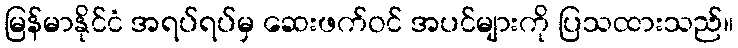
မြန်မာနိုင်ငံ အရပ်ရပ်မှ ဆေးဖက်ဝင် အပင်များကို ပြသထားသည်။